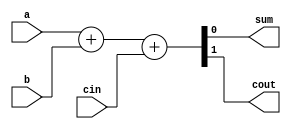
// full adder behavioural + structural
module fa(sum,cout,a,b,cin);
input a,b,cin;
output sum,cout;

assign {cout,sum} = a+b+cin; // behavioural

// wire s0,s1,s2;

// xor(s0,a,b);
// xor(sum,s0,cin);
// and(s1,a,b);
// and(s2,s0,cin);
// xor(cout,s1,s2);
endmodule

//4bit adder behavioural
module bit4Ad(a1,b1,c,s,co);
input [3:0]a1,b1;
input c;
output [3:0]s;
output co;
wire c1,c2,c3;

fa f1(s[0],c1,a1[0],b1[0],c);
fa f2(s[1],c2,a1[1],b1[1],c1);
fa f3(s[2],c3,a1[2],b1[2],c2);
fa f4(s[3],co,a1[3],b1[3],c3);

endmodule

//16 bit adder brhavioural
module bit16Ad(a2,b2,S,Co);
input [15:0]a2,b2;
output [15:0]S;
output Co;
wire c0,c1,c2;

bit4Ad A1(a2[3:0],b2[3:0],1'b0,S[3:0],c0);
bit4Ad A2(a2[7:4],b2[7:4],c0,S[7:4],c1);
bit4Ad A3(a2[11:8],b2[11:8],c1,S[11:8],c2);
bit4Ad A4(a2[15:12],b2[15:12],c2,S[15:12],Co);

endmodule


//test_bench
module tb16b;
reg [15:0]a,b;

wire [15:0]sum;
wire co;

bit16Ad sbA(.a2(a),.b2(b),.S(sum),.Co(co));
initial begin

$monitor($time," a = %h b = %h cout = %h s = %h",a,b,co,sum);
#1
a = 16'h0000;
b = 16'h000A;

#3
a = 16'h0001;
b = 16'h0007;

#3
a = 16'h0010;
b = 16'h0110;

#3
a = 16'h1111;
b = 16'h0001;

#3
a = 16'h0010;
b = 16'h0011;

#3
a = 16'h01C0;
b = 16'h00B0;

#3
a = 16'HFFFF;
b = 16'h0001;

#3
a = 16'hDDDD;
b = 16'h0001;

end
endmodule